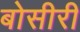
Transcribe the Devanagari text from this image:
बोसीरी